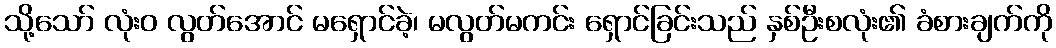
သို့သော် လုံးဝ လွတ်အောင် မရှောင်ခဲ့၊ မလွတ်မကင်း ရှောင်ခြင်းသည် နှစ်ဦးစလုံး၏ ခံစားချက်ကို